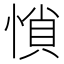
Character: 𰑽